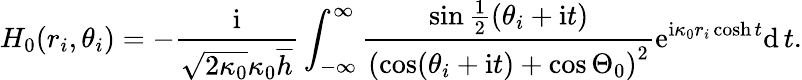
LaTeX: H_{0}(r_{i},\theta_{i})=-\frac{\mathrm{i}}{\sqrt{2\kappa_{0}}\kappa_{0}\overline{{h}}}\int_{-\infty}^{\infty}\frac{\sin\frac{1}{2}(\theta_{i}+\mathrm{i}t)}{\left(\cos(\theta_{i}+\mathrm{i}t)+\cos\Theta_{0}\right)^{2}}\mathrm{e}^{\mathrm{i}\kappa_{0}r_{i}\cosh t}\mathrm{d}\, t.